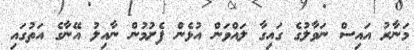
މަނާރު އައިސް ނަވާލުގެ ގައިގާ ލައްވަން އުޅެން ފެށުމުން ނާއިލު އޭނާގެ އަތުގައި